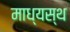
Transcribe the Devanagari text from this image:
माध्यस्थ